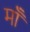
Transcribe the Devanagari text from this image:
मॉँ